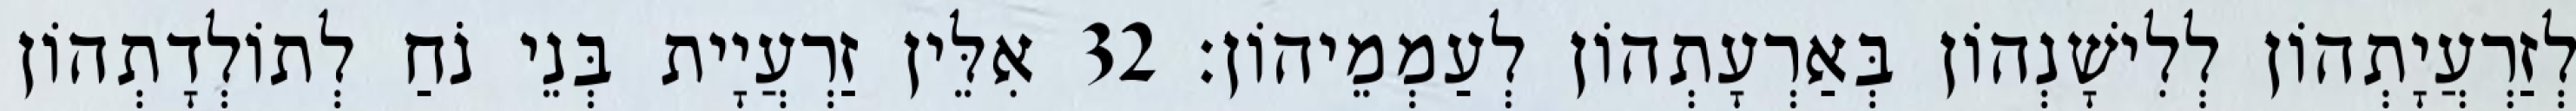
לְזַרְעֲיָתְהוֹן לְלִישָׁנְהוֹן בְּאַרְעָתְהוֹן לְעַמְמֵיהוֹן׃ 32 אִלֵּין זַרְעֲיָית בְּנֵי נֹחַ לְתוֹלְדָתְהוֹן